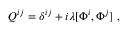
Q ^ { i j } = \delta ^ { i j } + i \lambda [ \Phi ^ { i } , \Phi ^ { j } ] \ ,